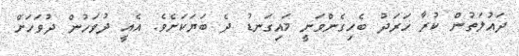
ދައުލަތުން ކުރާ ޚަރަދު ބެހިގެންވަނީ މައިގަނޑު ދެ ބަޔަކަށެވެ. އެއީ ދުވަހުން ދުވަހަށް